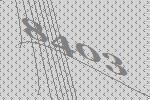
8403